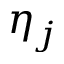
\eta _ { j }